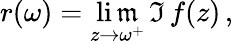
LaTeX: r(\omega)=\operatorname*{li\mathfrak{m}}_{z\rightarrow\omega^{+}}\, \Im\, f(z)\, ,